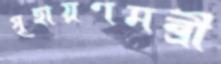
গৃহায়ণমন্ত্রী